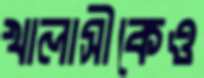
খালাসীকেও